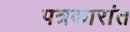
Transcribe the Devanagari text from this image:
पत्रकारांत